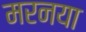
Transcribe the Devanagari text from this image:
मरनया